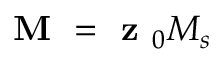
\textbf { M } = \textbf { z } _ { 0 } M _ { s }